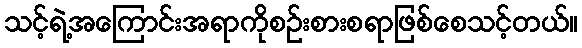
သင့်ရဲ့အကြောင်းအရာကိုစဉ်းစားစရာဖြစ်စေသင့်တယ်။